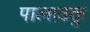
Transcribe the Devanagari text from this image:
पालाक्कु